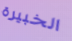
الخبيرة